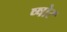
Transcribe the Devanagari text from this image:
ष्षोर